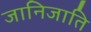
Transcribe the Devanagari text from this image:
जानिजाति